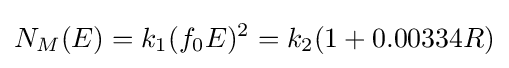
N_{M}(E)=k_{1}(f_{0}E)^{2}=k_{2}(1+0.00334R)